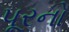
પૂરનો